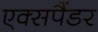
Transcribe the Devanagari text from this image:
एक्सपैंडर